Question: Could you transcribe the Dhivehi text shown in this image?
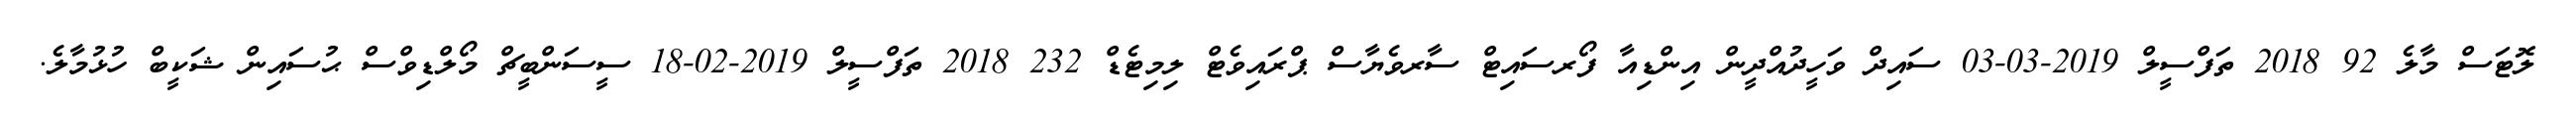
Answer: ލޮޓަސް މާލެ 92 2018 ތަފްސީލް 2019-03-03 ސައިދް ވަހީދުއްދީން އިންޑިއާ ފޯރސައިޓް ސާރވެޔާސް ޕްރައިވެޓް ލިމިޓެޑް 232 2018 ތަފްސީލް 2019-02-18 ސީސަންބީޗް މޯލްޑިވްސް ޙުސައިން ޝަކީބް ހުޅުމާލެ.